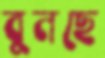
বুনছে